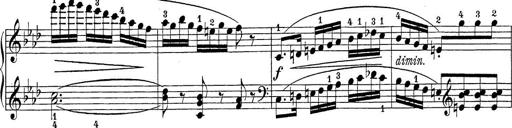
Title: Sonatina Album
Composer: Louis KÃ¶hler